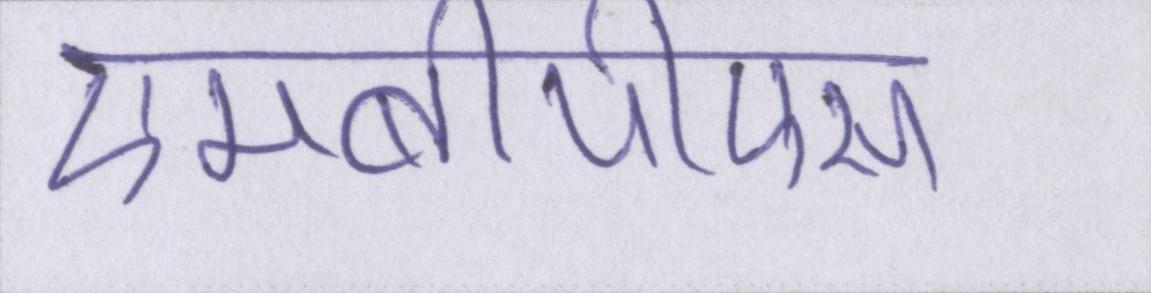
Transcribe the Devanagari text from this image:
एमबीपीएस